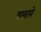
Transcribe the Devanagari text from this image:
यामाबे